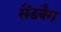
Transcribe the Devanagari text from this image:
सैंडबैग